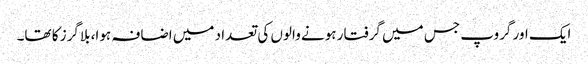
ایک اور گروپ جس میں گرفتار ہونے والوں کی تعداد میں اضافہ ہوا، بلاگرز کا تھا۔